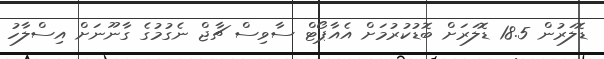
ޑޮލަރުން 18.5 ޑޮލަރަށް ބޮޑުކުރުމަށް އެއާޕޯޓް ސާވިސް ޗާޖް ނެގުމުގެ ގާނޫނަށް އިސްލާހު